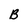
Character: B